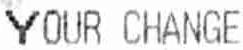
YOUR CHANGE